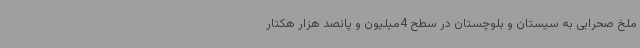
ملخ صحرایی به سیستان و بلوچستان در سطح 4میلیون و پانصد هزار هکتار